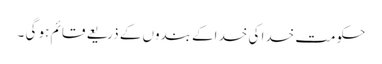
حکومت خدا کی خد اکے بندوں کے ذریعے قائم ہو گی ۔